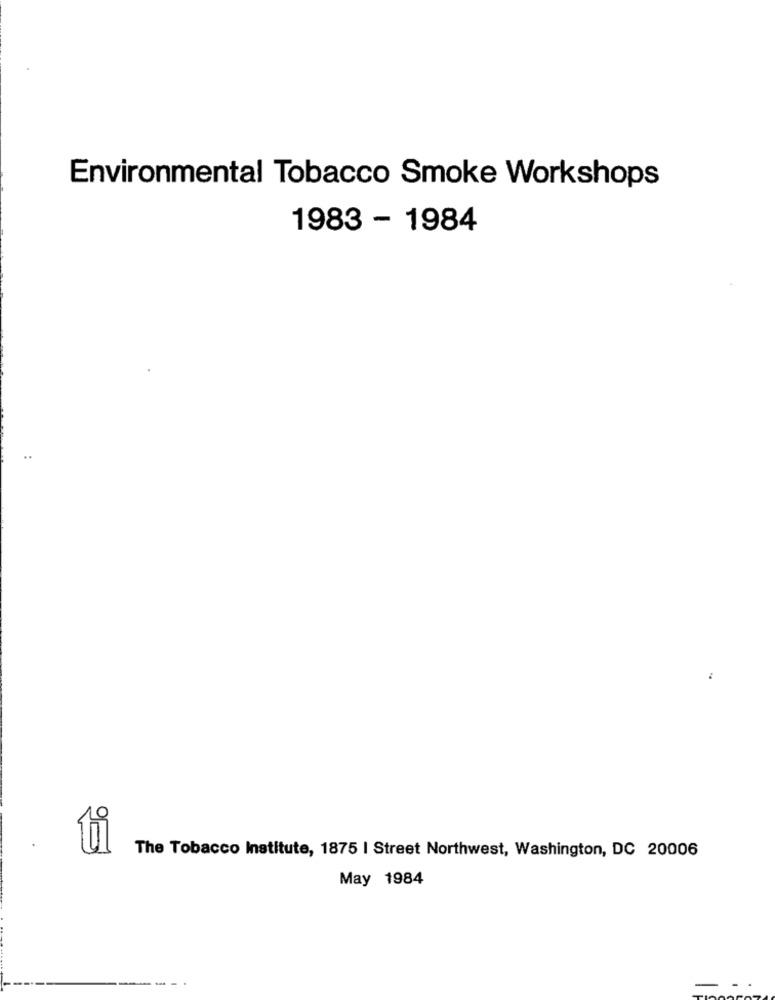
Environmental Tobacco Smoke Workshops
1983 - 1984
..
..
ti
The Tobacco Institute, 1875 | Street Northwest, Washington, DC 20006
May 1984